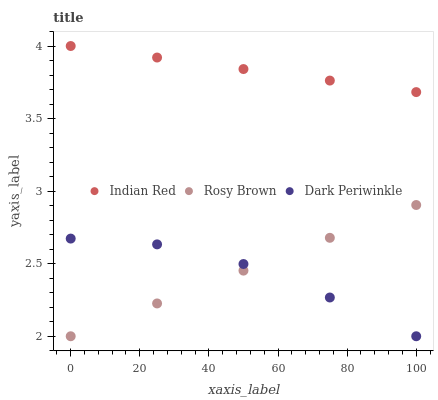
| xaxis_label | Indian Red | Rosy Brown | Dark Periwinkle |
 | --- | --- | --- | --- |
 | 0 | 4 | 2 | 2.67 |
 | 25 | 3.92 | 2.23 | 2.63 |
 | 50 | 3.84 | 2.45 | 2.5 |
 | 75 | 3.76 | 2.68 | 2.27 |
 | 100 | 3.68 | 2.9 | 2 |